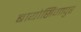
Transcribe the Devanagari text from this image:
बायोसिंगापुर